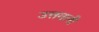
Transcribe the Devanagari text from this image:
उत्तवली